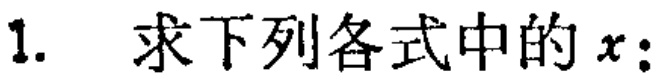
1. 求下列各式中的\(x\)：